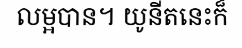
លម្អបាន។ យូនីតនេះក៏